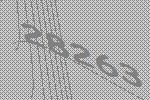
28263